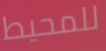
للمحيط